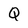
Character: Q